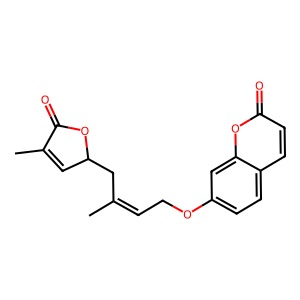
SMILES: CC(=CCOc1ccc2ccc(=O)oc2c1)CC1C=C(C)C(=O)O1
Inhibits HIV replication: No